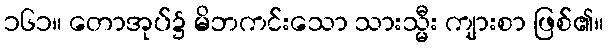
၁၆၁။ တောအုပ်၌ မိဘကင်းသော သားသ္မီး ကျားစာ ဖြစ်၏။